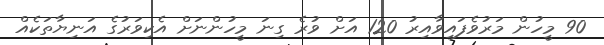
90 މީހުން މަރުވެފައިވާއިރު 120 އަށް ވުރެ ގިނަ މީހުންނަށް އެކިވަރުގެ އަނިޔާތަކެއް